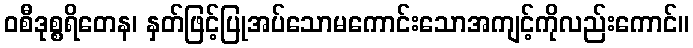
ဝစီဒုစ္စရိတေန၊ နှတ်ဖြင့်ပြုအပ်သောမကောင်းသောအကျင့်ကိုလည်းကောင်။